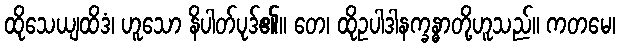
ထိုသေယျထိဒံ၊ ဟူသော နိပါတ်ပုဒ်၏။ တေ၊ ထိုဥပါဒါနက္ခန္ဓာတို့ဟူသည်။ ကတမေ၊